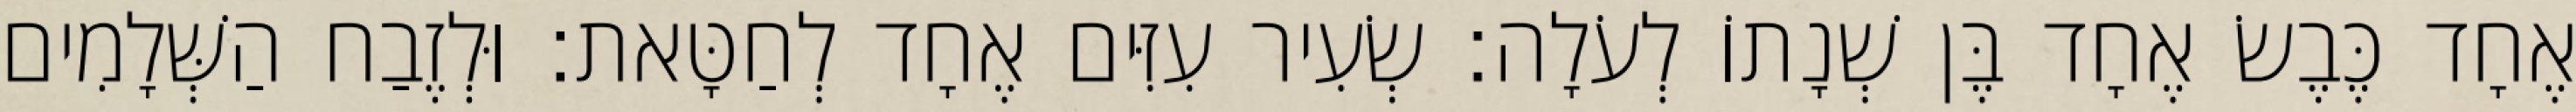
אֶחָד כֶּבֶשׂ אֶחָד בֶּן שְׁנָתוֹ לְעֹלָה׃ שְׂעִיר עִזִּים אֶחָד לְחַטָּאת׃ וּלְזֶבַח הַשְּׁלָמִים